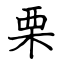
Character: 栗